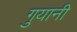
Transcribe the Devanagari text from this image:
गुयानी